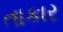
તાકાર